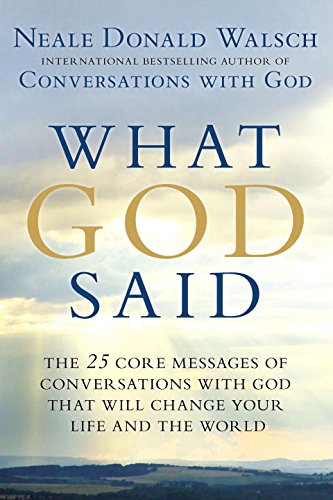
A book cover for What God Said: The 25 Core Messages of Conversations with God That Will Change Your Life and th e World; Neale Donald Walsch; Religion & Spirituality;